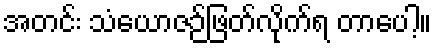
အတင်း သံယောဇဉ်ဖြတ်လိုက်ရ တာပေါ့။